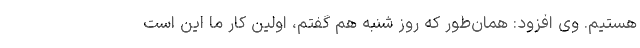
هستیم. وی افزود: همان‌طور که روز شنبه هم گفتم، اولین کار ما این است